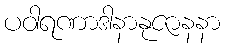
ပဝါရဏာဒါနာနုဇာနနာ